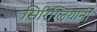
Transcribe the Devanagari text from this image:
सिरिग्लियानो